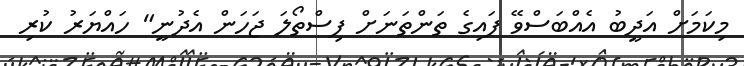
މިކަމަށް އަދީބު އެއްބަސްވޭ ފައިގެ ތަންތަނަށް ފިސްތޯލަ ޖަހަން އެދުނީ" ހައްޔަރު ކުރި